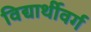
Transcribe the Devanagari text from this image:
विद्यार्थीवर्ग